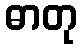
ဓာတု